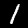
Digit: 1